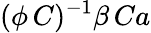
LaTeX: (\phi\, C)^{-1}\beta\, Ca